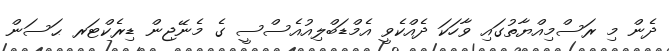
ދެން މި ރަސްމިއްޔާތުގައި ވާހަކަ ދެއްކެވީ އެމްޑަބްލިއުއެސްސީ ގެ މެނޭޖިން ޑިރެކްޓަރ ޙަސަން